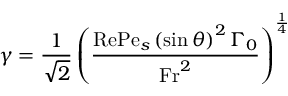
\gamma = \frac { 1 } { \sqrt { 2 } } \left( \frac { \mathrm { R e } \mathrm { P e } _ { s } \left( \sin \theta \right) ^ { 2 } \Gamma _ { 0 } } { \mathrm { F r } ^ { 2 } } \right) ^ { \frac { 1 } { 4 } }